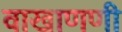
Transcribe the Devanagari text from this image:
वाखाणणी